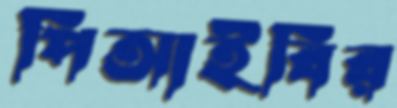
পিআইবির